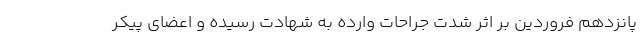
پانزدهم فروردین بر اثر شدت جراحات وارده به شهادت رسیده و اعضای پیکر